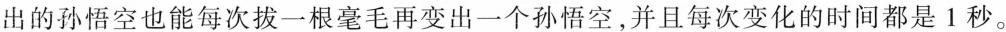
出的孙悟空也能每次拔一根毫毛再变出一个孙悟空，并且每次变化的时间都是1秒。